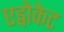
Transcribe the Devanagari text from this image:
एड्वोकेट